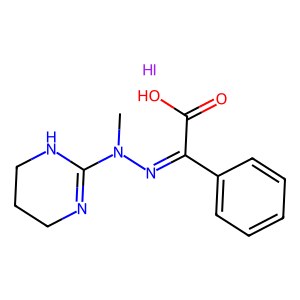
SMILES: CN(N=C(C(=O)O)c1ccccc1)C1=NCCCN1.I
Inhibits HIV replication: No